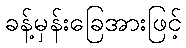
ခန့်မှန်းခြေအားဖြင့်